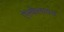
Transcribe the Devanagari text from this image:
ऐल्कैलायड